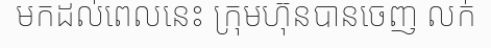
មកដល់ពេលនេះ ក្រុមហ៊ុនបានចេញ លក់